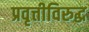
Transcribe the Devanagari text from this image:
प्रवृत्तीविरुद्ध